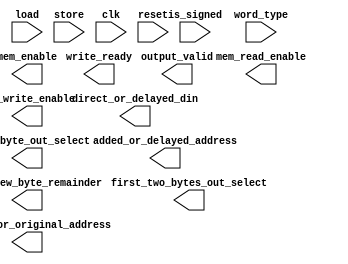
// AUTHORS Group 06 / Julian Kuser
// Tuesday 08/01/2017

// codes for word_type
`define WORD 2'b10
`define HALFWORD 2'b01
`define BYTE 2'b00

// codes for first_two_bytes_out_select
`define TOP_HALFWORD 2'b00
`define SIGN_B 2'b01
`define SIGN_A 2'11
`define ZEROS 2'b00

// codes for third_byte_out_select
`define THIRD_BYTE_ORIGINAL 2'b10
`define THIRD_BYTE_SIGN_EXTENDED 2'b00
`define THIRD_BYTE_ZERO_EXTENDED 2'b01

// codes for direct_or_delayed_din
`define DIRECT_TOP16 2'b00
`define DIRECT_LOW16 2'b01
`define DELAYED_TOP16 2'b10
`define DELAYED_LOW16 2'b11

`define TOP16 31:16
`define LOW16 15:0





module memory_control_fsm(
  is_signed,
  word_type,
  output_valid,
  write_ready,
  load,
  store,
  direct_or_delayed_din,
  old_or_new_byte_remainder,
  modified_or_original_address,
  added_or_delayed_address,
  first_two_bytes_out_select,
  third_byte_out_select,
  mem_read_enable,
  mem_write_enable,
  mem_enable,
  clk,
  reset
  );

  input is_signed;
  input [1:0] word_type;
  input load;
  input store;
  input clk;
  input reset;

  output reg output_valid;
  output reg [1:0] direct_or_delayed_din;
  output reg write_ready;
  output reg old_or_new_byte_remainder;
  output reg modified_or_original_address;
  output reg added_or_delayed_address;
  output reg [1:0] first_two_bytes_out_select;
  output reg [1:0] third_byte_out_select;

  output reg mem_read_enable;
  output reg mem_write_enable;
  output reg mem_enable;



  reg [3:0] state;
  reg [3:0] nextstate;

  // some states
  localparam IDLE          =  4'b0000;
  localparam LOAD_HW       =  4'b0001;
  localparam LOAD_BYTE     =  4'b0010;
  localparam LOAD_WORD_A   =  4'b0011;
  localparam LOAD_WORD_B   =  4'b0100;

  localparam STORE_HW      =  4'b1111;
  localparam STORE_BYTE_A  =  4'b1011;
  localparam STORE_BYTE_B  =  4'b1010;
  localparam STORE_WORD_A  =  4'b1101;
  localparam STORE_WORD_B  =  4'b1100;

// make state register flipflop
  always @(posedge clk) begin
    if (!reset) begin
      state <= nextstate;
    end
    else begin
      state <= IDLE;
    end
  end

  // state transition logic
  always @(*) begin
   case (state)
     IDLE: begin
       if (load) begin
        case(word_type)
          `WORD:     nextstate = LOAD_WORD_A;
          `HALFWORD: nextstate = LOAD_HW;
          `BYTE:     nextstate = LOAD_BYTE;
			default: nextstate = IDLE;
        endcase
       end //if load
       else if(store) begin
         case(word_type)
           `WORD:      nextstate = STORE_WORD_A;
           `HALFWORD:  nextstate = STORE_HW;
           `BYTE:      nextstate = STORE_BYTE_A;
			default: nextstate = IDLE;
         endcase
       end //else if store
       else begin
           nextstate = IDLE;
       end
     end //case idle
     LOAD_HW: begin


     end // case LOAD_HW
     LOAD_BYTE: begin

     end// case LOAD_BYTE
     LOAD_WORD_A: begin

     end // case load wordA
     LOAD_WORD_B: begin

     end // case load wordB
     STORE_HW: begin

     end // case STORE_HW
     STORE_WORD_A: begin

     end // case STORE_WORD_A
     STORE_WORD_B: begin

     end // case store word b
     STORE_BYTE_A: begin

     end //case store_byte a
     STORE_BYTE_B: begin

     end //case store_byte b
	 default: begin
	 end

   endcase // state
  end

// output logic
  always @(*) begin
    case (state)
    IDLE: begin

    end // case idle
    LOAD_HW: begin


    end // case LOAD_HW
    LOAD_BYTE: begin

    end// case LOAD_BYTE
    LOAD_WORD_A: begin

    end // case load wordA
    LOAD_WORD_B: begin

    end // case load wordB
    STORE_HW: begin

    end // case STORE_HW
    STORE_WORD_A: begin

    end // case STORE_WORD_A
    STORE_WORD_B: begin

    end // case store word b
    STORE_BYTE_A: begin

    end //case store_byte a
    STORE_BYTE_B: begin

    end //case store_byte b


   endcase
  end


  endmodule


  // codes for word_type
  `undef WORD
  `undef HALFWORD
  `undef BYTE

  // codes for first_two_bytes_out_select
  `undef TOP_HALFWORD
  `undef SIGN_B
  `undef SIGN_A
  `undef ZEROS

  // codes for third_byte_out_select
  `undef THIRD_BYTE_ORIGINAL
  `undef THIRD_BYTE_SIGN_EXTENDED
  `undef THIRD_BYTE_ZERO_EXTENDED

  // codes for direct_or_delayed_din
  `undef DIRECT_TOP16
  `undef DIRECT_LOW16
  `undef DELAYED_TOP16
  `undef DELAYED_LOW16

  `undef TOP16
  `undef LOW16